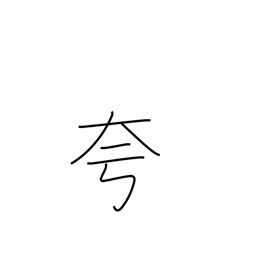
Meaning: boast